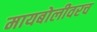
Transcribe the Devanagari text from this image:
मायबोलीवरच